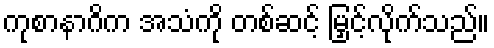
ကုစာနာဂိက အသံကို တစ်ဆင့် မြှင့်လိုက်သည်။